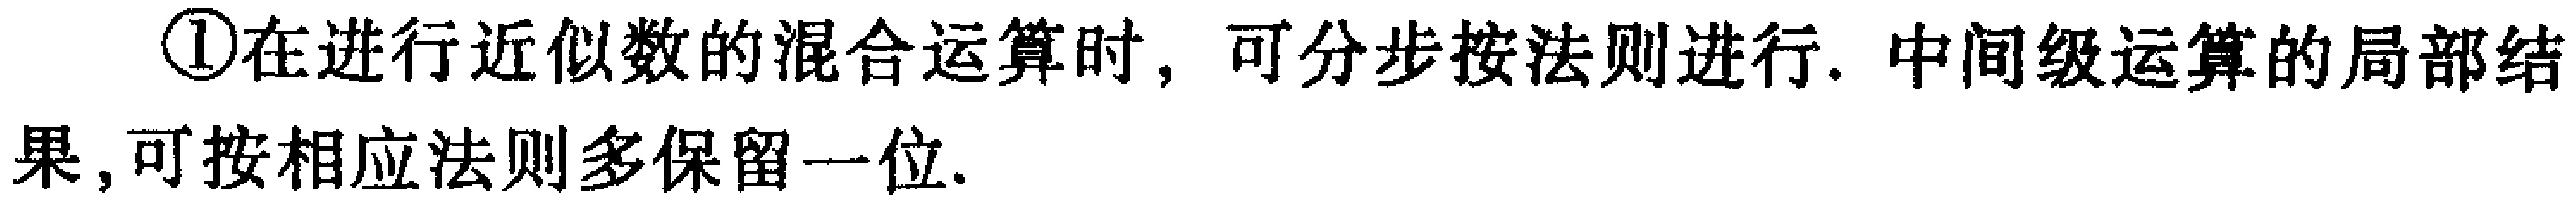
\textcircled{1}在进行近似数的混合运算时，可分步按法则进行. 中间级运算的局部结果,可按相应法则多保留一位.